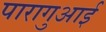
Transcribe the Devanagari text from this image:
पारागुआई